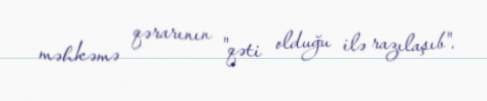
məhkəmə qərarının "qəti olduğu ilə razılaşıb".